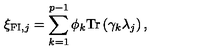
\xi _ { \mathrm { { \small F I } } , j } = \sum _ { k = 1 } ^ { p - 1 } \phi _ { k } \mathrm { T r } \left( \gamma _ { k } \lambda _ { j } \right) ,